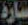
سارة